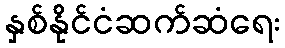
နှစ်နိုင်ငံဆက်ဆံရေး